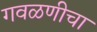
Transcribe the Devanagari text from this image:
गवळणीचा